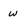
Character: w